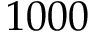
1 0 0 0